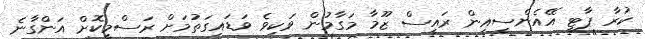
ކުރާ ޕާޓީ އޭއެންސީއިން ރައީސް ޒޫމާ މަގާމުން ވަކިވެ ވަޑައިގަތުމަށް ރަސްމީކޮށް އަންގާނެ